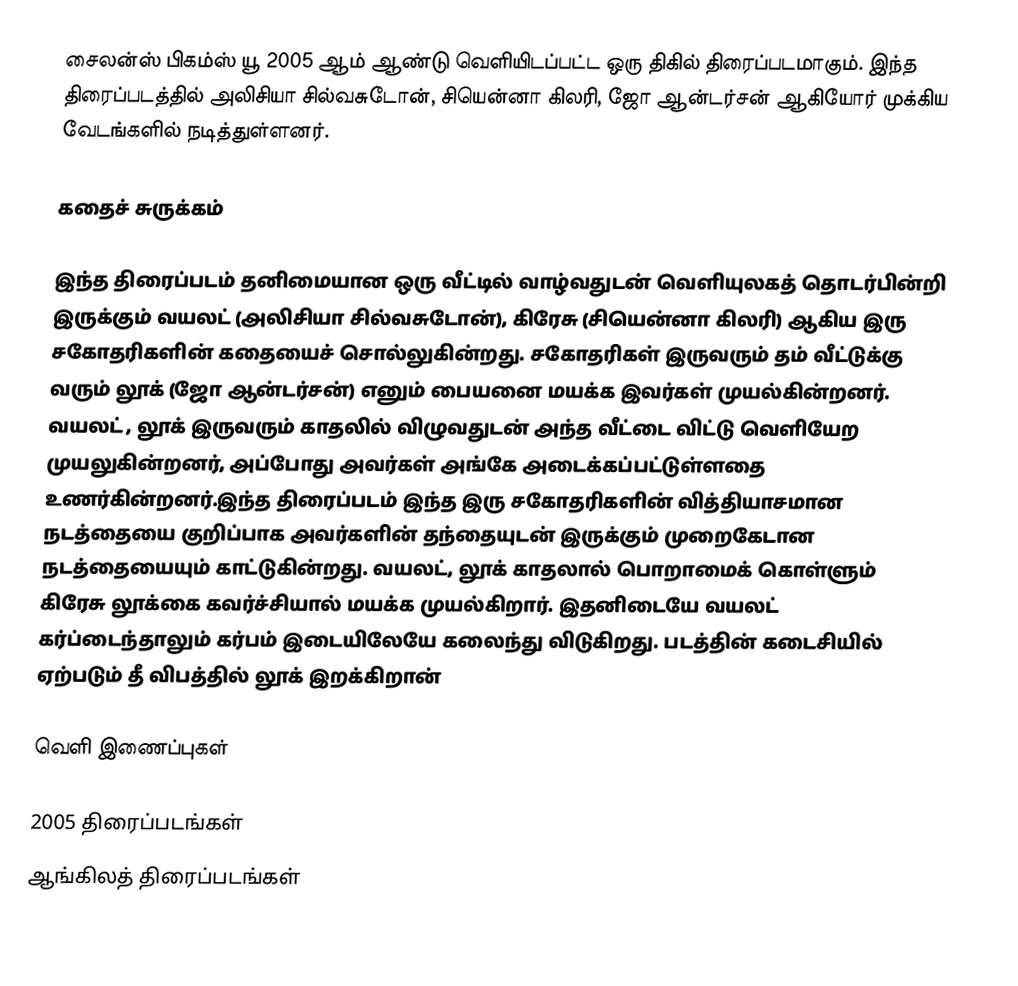
சைலன்ஸ் பிகம்ஸ் யூ  2005 ஆம் ஆண்டு வெளியிடப்பட்ட ஒரு திகில் திரைப்படமாகும். இந்த திரைப்படத்தில் அலிசியா சில்வசுடோன், சியென்னா கிலரி, ஜோ ஆன்டர்சன் ஆகியோர் முக்கிய வேடங்களில் நடித்துள்ளனர்.

கதைச் சுருக்கம்

இந்த திரைப்படம் தனிமையான ஒரு வீட்டில் வாழ்வதுடன் வெளியுலகத் தொடர்பின்றி இருக்கும் வயலட் (அலிசியா சில்வசுடோன்), கிரேசு (சியென்னா கிலரி) ஆகிய இரு சகோதரிகளின் கதையைச் சொல்லுகின்றது. சகோதரிகள் இருவரும் தம் வீட்டுக்கு வரும் லூக் (ஜோ ஆன்டர்சன்) எனும் பையனை மயக்க இவர்கள் முயல்கின்றனர். வயலட் , லூக் இருவரும் காதலில் விழுவதுடன் அந்த வீட்டை விட்டு வெளியேற முயலுகின்றனர், அப்போது அவர்கள் அங்கே அடைக்கப்பட்டுள்ளதை உணர்கின்றனர்.இந்த திரைப்படம் இந்த இரு சகோதரிகளின் வித்தியாசமான நடத்தையை குறிப்பாக அவர்களின் தந்தையுடன் இருக்கும் முறைகேடான நடத்தையையும் காட்டுகின்றது. வயலட், லூக் காதலால் பொறாமைக் கொள்ளும் கிரேசு லூக்கை கவர்ச்சியால் மயக்க முயல்கிறார். இதனிடையே வயலட் கர்ப்டைந்தாலும் கர்பம் இடையிலேயே கலைந்து விடுகிறது. படத்தின் கடைசியில் ஏற்படும் தீ விபத்தில் லூக் இறக்கிறான்

வெளி இணைப்புகள்

2005 திரைப்படங்கள்
ஆங்கிலத் திரைப்படங்கள்